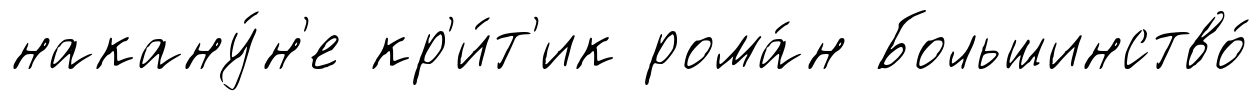
накану́н'е кр'и́т'ик рома́н Большинство́